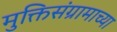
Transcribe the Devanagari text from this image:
मुक्तिसंग्रामाच्या